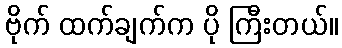
ဗိုက် ထက်ချက်က ပို ကြီးတယ်။